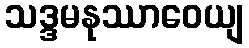
သဒ္ဒမနုဿာဝေယျ